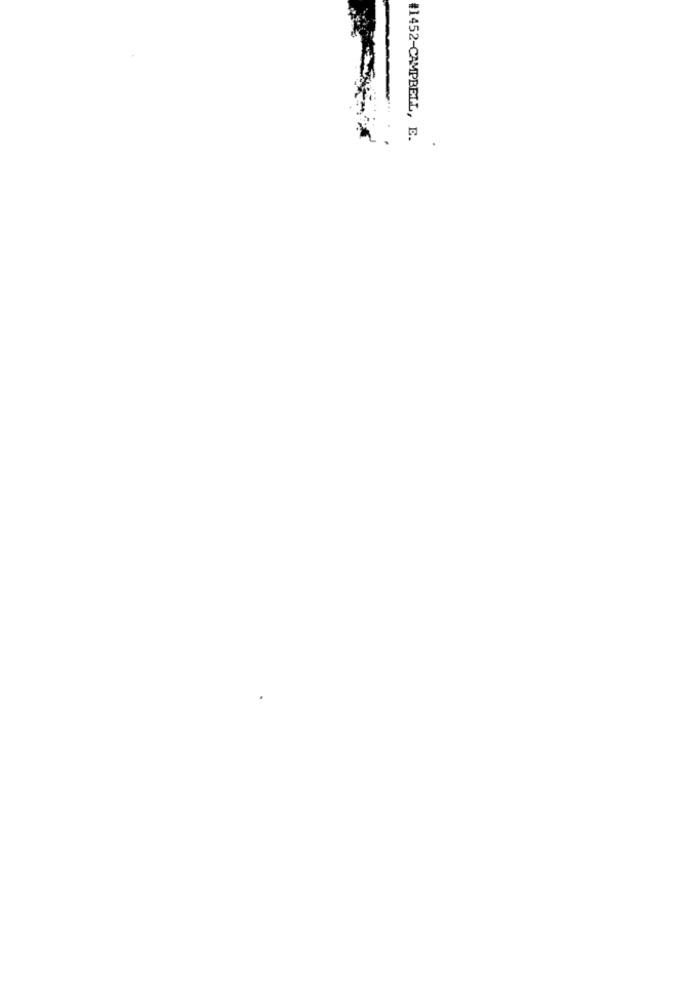
#1452-CAMPBELL, E.